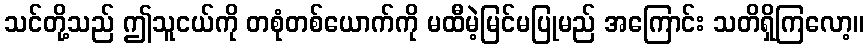
သင်တို့သည် ဤသူငယ်ကို တစုံတစ်ယောက်ကို မထီမဲ့မြင်မပြုမည် အကြောင်း သတိရှိကြလော့။